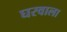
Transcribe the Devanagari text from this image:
घरवाला